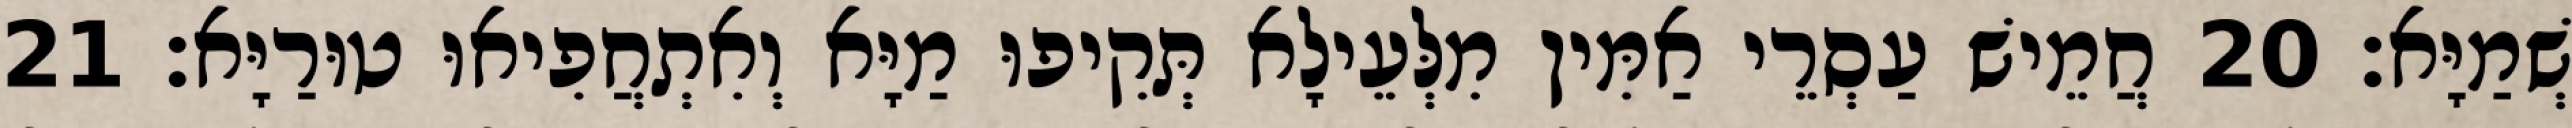
שְׁמַיָּא׃ 20 חֲמֵישׁ עַסְרֵי אַמִּין מִלְּעֵילָא תְּקִיפוּ מַיָּא וְאִתְחֲפִיאוּ טוּרַיָּא׃ 21